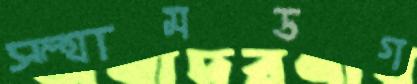
স্ল্যামডগ